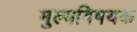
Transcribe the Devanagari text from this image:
मुल्यविषयक